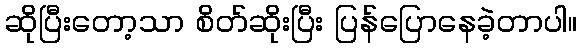
ဆိုပြီးတော့သာ စိတ်ဆိုးပြီး ပြန်ပြောနေခဲ့တာပါ။